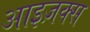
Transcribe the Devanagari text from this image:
आइज़क्स